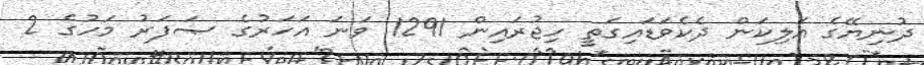
ދުނިޔޭގެ އަލިކަން ދެކެވަޑައިގަތީ ހިޖުރައިން 1291 ވަނަ އަހަރުގެ ޞަފަރު މަހުގެ 2